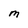
Character: M